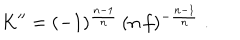
K ^ { \prime \prime } = ( - 1 ) ^ { \frac { n - 1 } { n } } \, ( n \, f ) ^ { - \frac { n - 1 } { n } } \ .